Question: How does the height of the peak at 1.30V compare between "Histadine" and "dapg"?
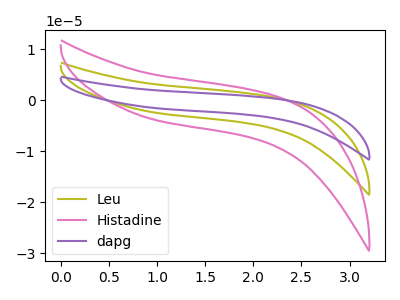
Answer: <think>The olive curve "Leu" has no peaks. The pink curve "Histadine" has no peaks. The purple curve "dapg" has no peaks.</think>
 <answer>"Histadine" and "dapg" dont share a peak at 1.30V.</answer>
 <eval>mismatch</eval>